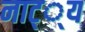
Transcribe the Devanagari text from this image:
नाट््य